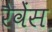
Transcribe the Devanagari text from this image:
रैवेंस